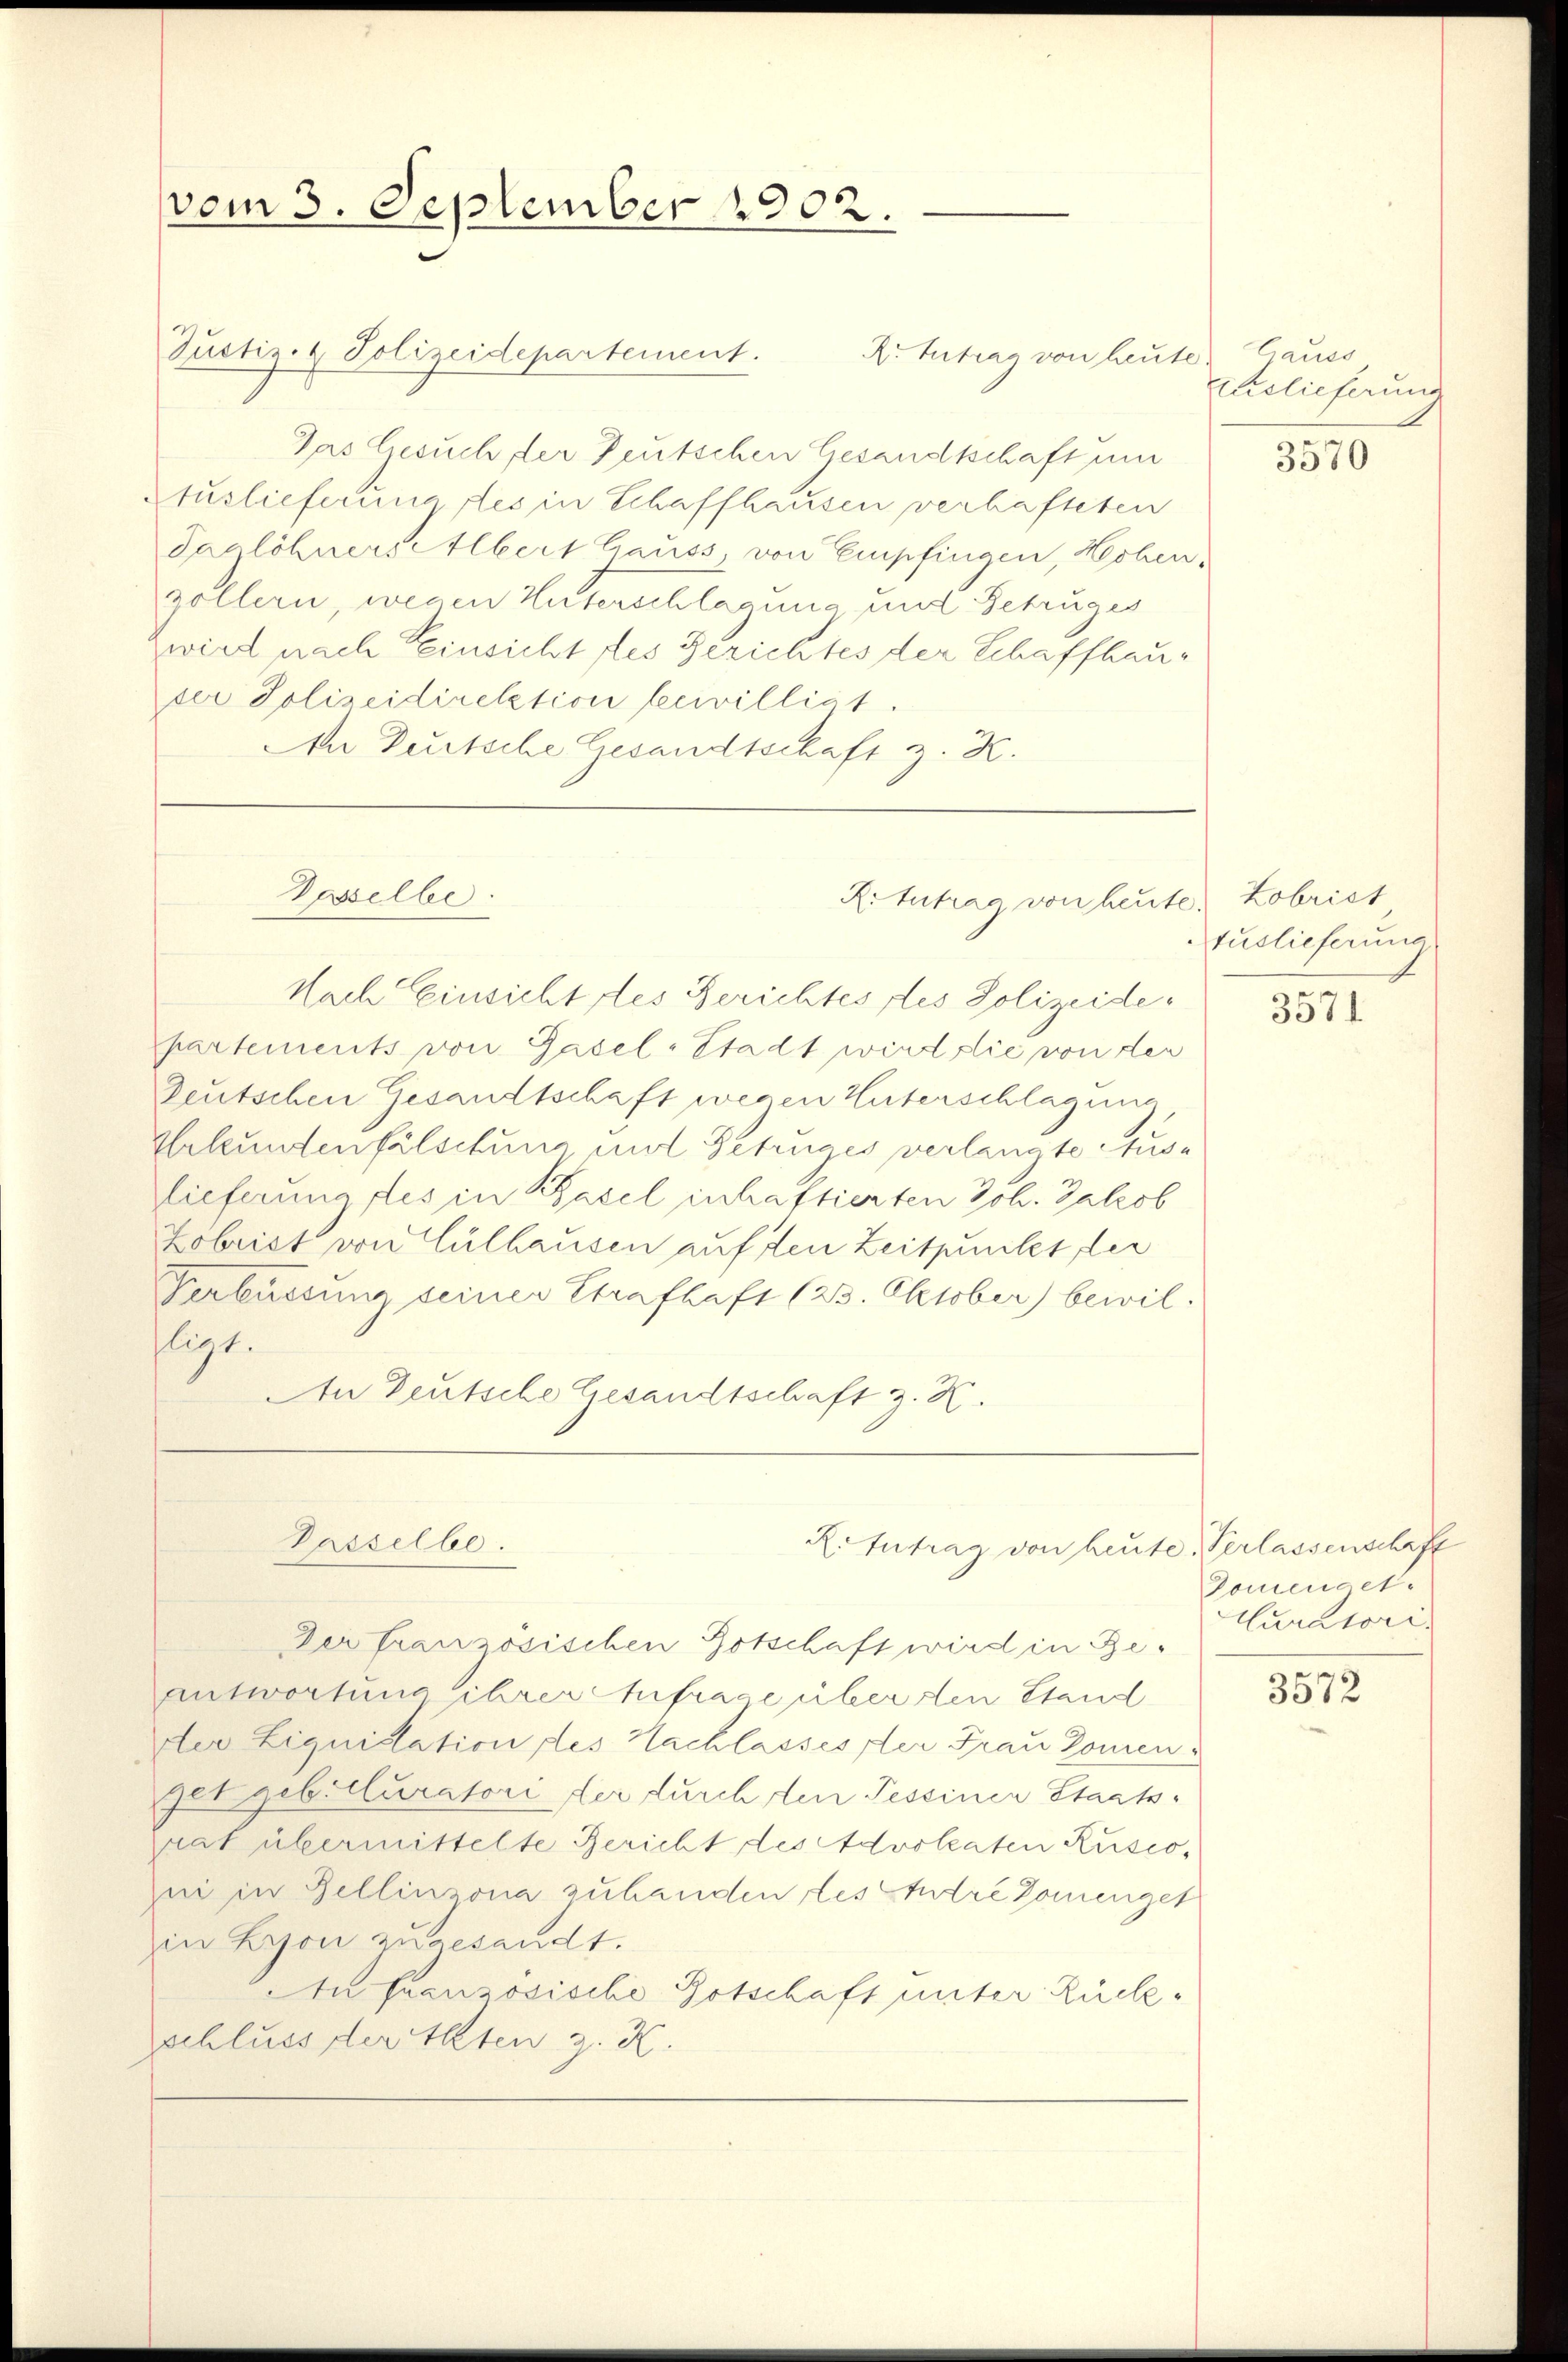
vom 3. September 1902.

Justiz- & Polizeidepartement.
Das Gesuch der Deutschen Gesandtschaft und
Stuslieferung des in Schaffhausen verhafteten
Taglöhnerselbert Gauss, von Empfingen, Hechen,
zöllern, wegen Unterschlagung, und Betruges
wird nach Einsicht des Gerichtes der Schaffhauser Polizeidirektion bewilligt.
An Dürtsche Gesandtschaft z. Z.

Dosselbe

Dasselbe.

Rr. Antrag von heute Hauss

Rotutrag von heute, Kobrist

Nach Einsicht des Berichtes des Polizeidepartements von Gasel-Stadt wird die von der
Deutschen Gesandtschaft wegen Unterschlagene
Urkundenfälschung mit Betruges verlangte Auslieferung des in Basel inhaftierten Joh. Jakob
Zobrist von Cülhausen auf den Zeitpunkt der
Perbüssung seiner Strafhaft (23. Oktober) bewilfligt.
An Deutsche Gesandtschaft z. K.

R.Intrag von heute Verlassenschaft

Auslieferung

Der französischen Botschaft wird in Be¬
Antwortung ihrer Ehefrage über den Stand
ter Liquistation des Nachlassessler Frau Zonen
get geb. Curatori der durchten Tessiner Staats
rat übermittelte Gericht des Advokaten Ruscoui in Bellinzona zu handen des Andre Domenget
in Lyon zugesandt.
An Französische Botschaft unter Rückschluss der Akten z. K.

3570

tuslieferung

3571.

Domendet.
Curatori

3572